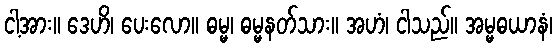
ငါ့အား။ ဒေဟိ၊ ပေးလော။ ဓမ္မ၊ ဓမ္မနတ်သား။ အဟံ၊ ငါသည်။ အမ္မဓယာနံ၊